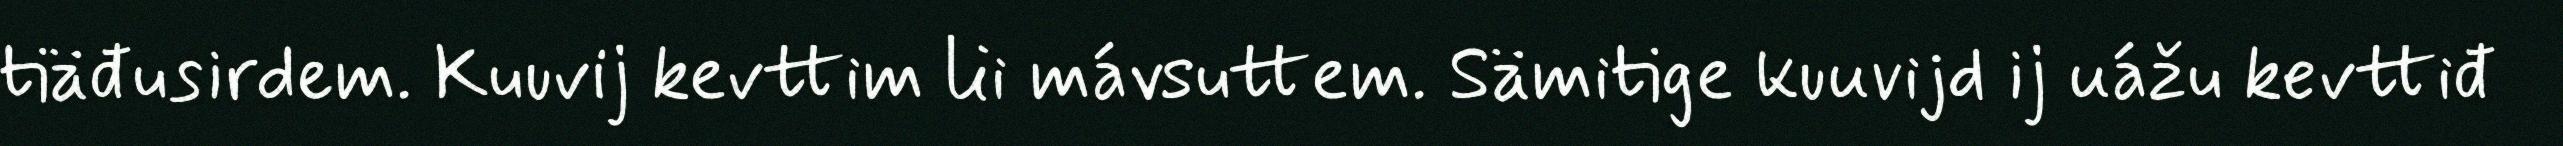
tiäđusirdem. Kuuvij kevttim lii mávsuttem. Sämitige kuuvijd ij uážu kevttiđ